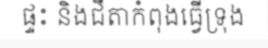
ផ្ទះ និងជីតាកំពុងធ្វើទ្រុង